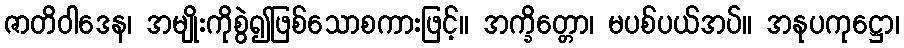
ဇာတိဝါဒေန၊ အမျိုးကိုစွဲ၍ဖြစ်သောစကားဖြင့်။ အက္ခိတ္တော၊ မပစ်ပယ်အပ်။ အနုပကုဋ္ဌော၊